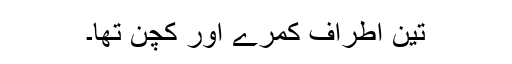
تین اطراف کمرے اور کچن تھا۔